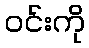
ဝင်းကို